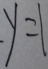
y = 1